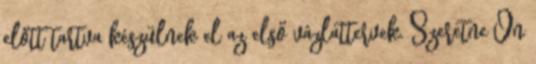
előtt tartva készülnek el az első vázlattervek. Szeretne Ön